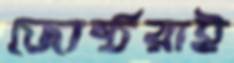
জ্যেষ্ঠরাই